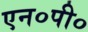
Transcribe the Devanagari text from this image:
एन०पी०